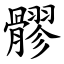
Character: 髎